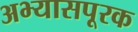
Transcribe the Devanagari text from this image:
अभ्यासपूरक